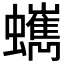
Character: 𧔍